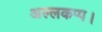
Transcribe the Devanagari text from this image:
अल्लकप्प।